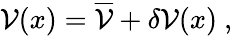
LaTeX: {\cal V}(x)=\overline{{{\cal V}}}+\delta{\cal V}(x)\ ,